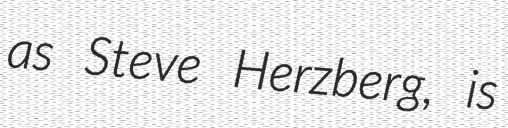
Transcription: as Steve Herzberg, is